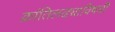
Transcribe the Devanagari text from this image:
क्रांतिलढ्याविषयी